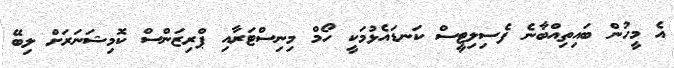
އެ މީހުން ބައިތިއްބާނެ ފެސިލިޓީސް ކަނޑައެޅުމަކީ ހޯމް މިނިސްޓަރާއި ޕްރިޒަންސް ކޮމިޝަނަރަށް ލިބޭ